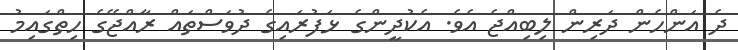
ދެ އަންހެން ދަރިން ލިބިއްޖެ އެވެ. އެކުދީންގެ ޅަފުރައިގެ ދުވަސްތައް ރާއްޖޭގެ ހިތްގައިމު